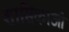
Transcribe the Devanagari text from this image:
शासिकाओं